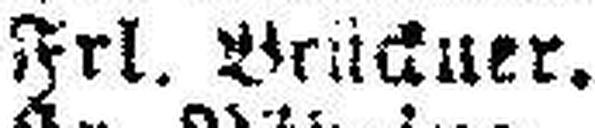
Frl. Brückner.